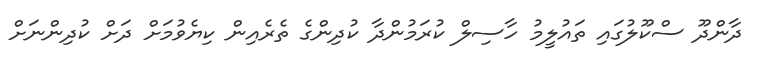
ދާންދޫ ސްކޫލުގައި ތައުލީމު ހާސިލް ކުރަމުންދާ ކުދިންގެ ތެރެއިން ކިޔެވުމަށް ދަށް ކުދިންނަށް